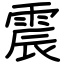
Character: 震